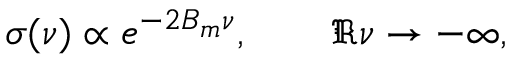
\sigma ( \nu ) \propto e ^ { - 2 B _ { m } \nu } , \qquad \Re \nu \to - \infty ,